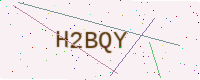
Text: H2BQY